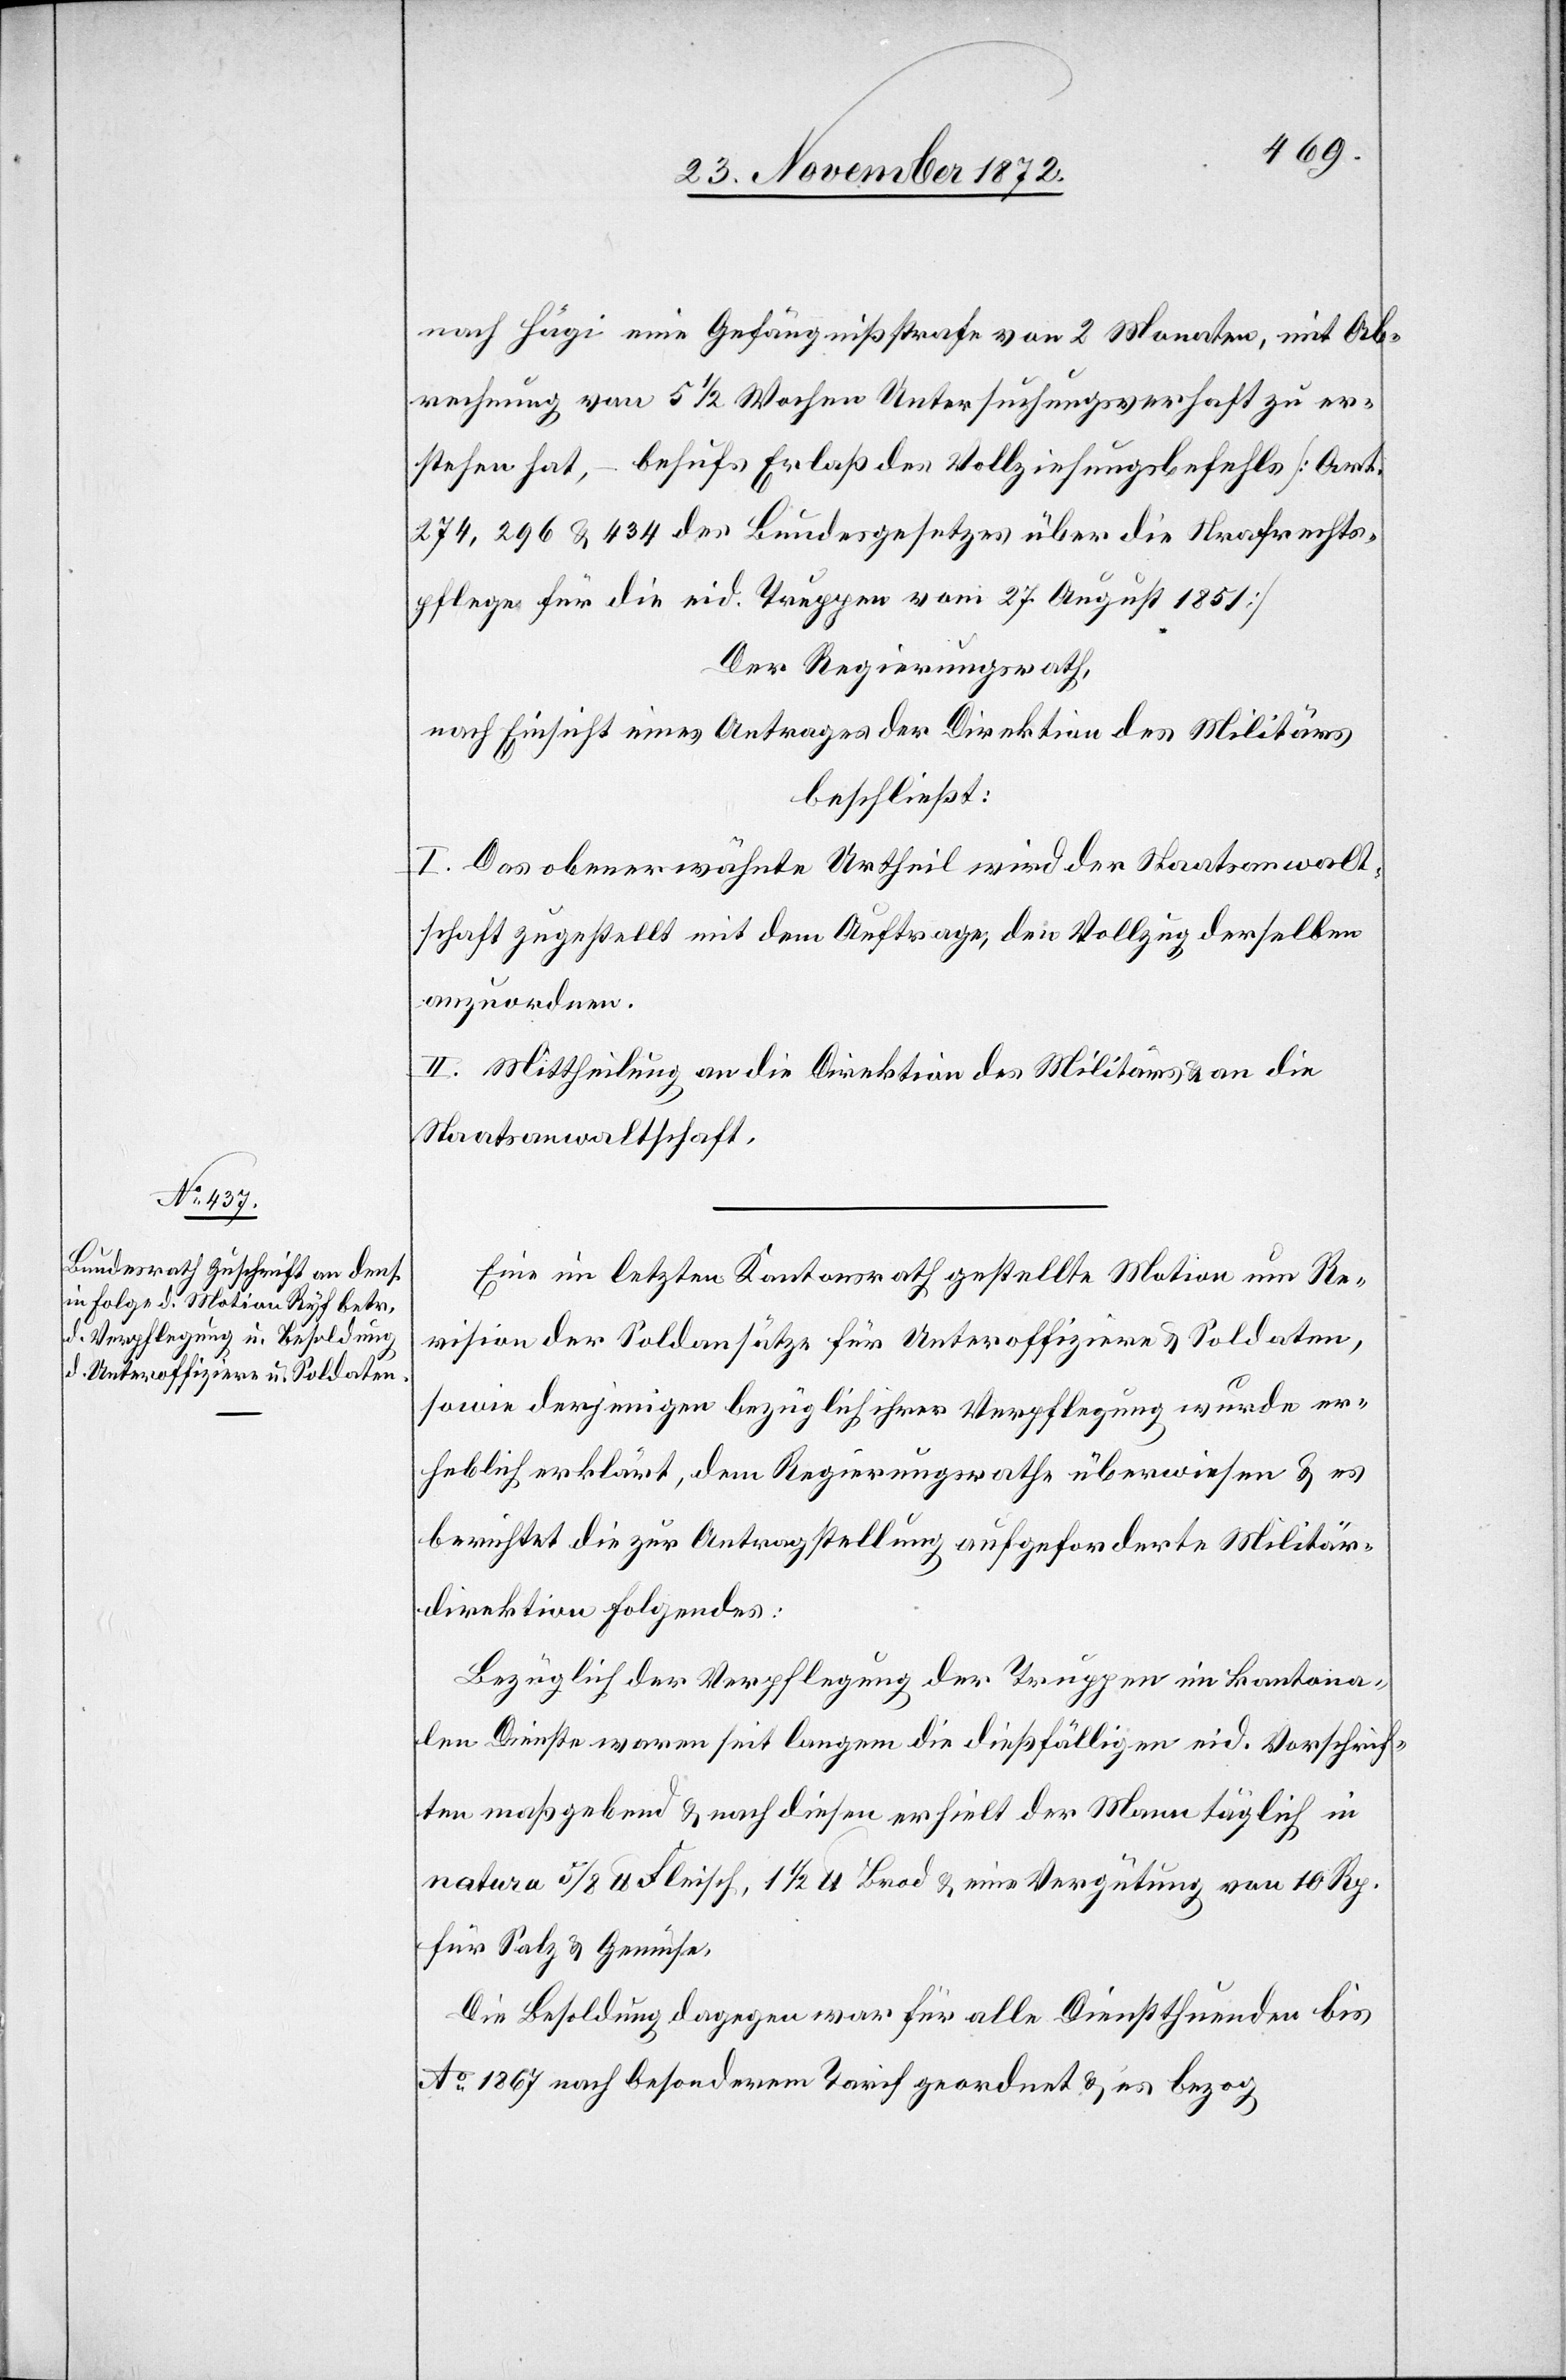
nach Hägi eine Gefängnißstrafe von 2 Monaten, mit Ab¬
rechnung von 5 1/2 Wochen Untersuchungsverhaft zu er¬
stehen hat, – behufs Erlaß des Vollziehungsbefehls [Art.
274, 296 u. 434 des Bundesgesetzes über die Strafrechts¬
pflege für die eid. Truppen vom 27. August 1851]
Der Regierungsrath,
nach Einsicht eines Antrages der Direktion des Militärs
beschließt:
I. Das obenerwähnte Urtheil wird der Staatsanwalt¬
schaft zugestellt mit dem Auftrage, den Vollzug derselben
anzuordnen.
II. Mittheilung an die Direktion des Militärs u. an die
Staatsanwaltschaft.
Eine im letzten Kantonsrath gestellte Motion um Re¬
vision der Soldansätze für Unteroffiziere u. Soldaten,
sowie derjenigen bezüglichen ihrer Verpflegung wurde er¬
heblich erklärt, dem Regierungsrathe überwiesen u. es
berichtet die zur Antragstellung aufgeforderte Militär¬
direktion folgendes:
Bezüglich der Verpflegung der Truppen im kantona¬
len Dienste waren seit langem die dießfälligen eid. Vorschrif¬
ten maßgebend u. nach diesen erhielt der Mann täglich in
natura 5/8 lb. Fleisch, 1 1/2 lb. Brod u. eine Vergütung von 10 Rp.
für Salz u. Gemüse.
Die Besoldung dagegen war für alle Dienstthuenden bis
Ao 1867 nach besonderem Tarif geordnet u. es bezog